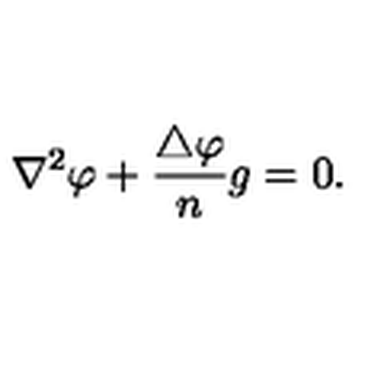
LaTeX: \nabla ^ { 2 } \varphi + { \frac { \triangle \varphi } { n } } g = 0 .